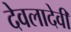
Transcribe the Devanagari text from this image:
देवलादेवी